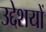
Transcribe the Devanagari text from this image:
उद्देशयों